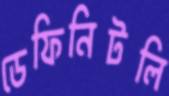
ডেফিনিটলি